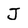
Character: J